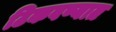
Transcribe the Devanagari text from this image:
टिकवण्यात